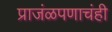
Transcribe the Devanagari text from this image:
प्राजंळपणाचंही